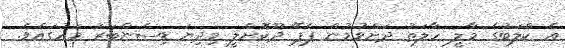
އެ ކްލަބުގެ މާލީ ހާލަތު ދަށްވުމުން ޕެޕޭ ދޫކޮށްލީ މިދިޔަ ޑިސެންބަރު މަހުގައެވެ.